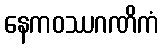
နေကဝဿဂဏိကံ